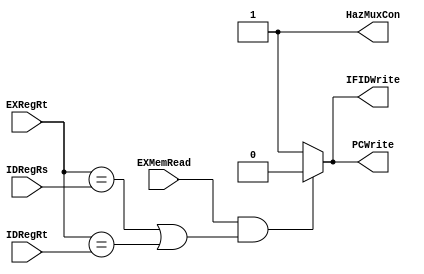
`timescale 1ns / 1ps
//////////////////////////////////////////////////////////////////////////////////
// Company: 
// Engineer: 
// 
// Design Name: 
// Module Name:    Hazard_Unit 
// Project Name: 
// Target Devices: 
// Tool versions: 
// Description: 
//
// Dependencies: 
//
// Revision: 
// Revision 0.01 - File Created
// Additional Comments: 
//
//////////////////////////////////////////////////////////////////////////////////
module Hazard_Unit(IDRegRs,IDRegRt,EXRegRt,EXMemRead,PCWrite,IFIDWrite,HazMuxCon); 
    input [4:0] IDRegRs,IDRegRt,EXRegRt; 
    input EXMemRead; 
    output PCWrite, IFIDWrite, HazMuxCon; 
     
    reg PCWrite, IFIDWrite, HazMuxCon; 
     
    always@(IDRegRs,IDRegRt,EXRegRt,EXMemRead) 
    if(EXMemRead&((EXRegRt == IDRegRs)|(EXRegRt == IDRegRt))) //RAW hazard detection
       begin//stall 
           PCWrite = 0; 
           IFIDWrite = 0; 
           HazMuxCon = 1; 
       end 
    else 
       begin//no stall 
           PCWrite = 1; 
           IFIDWrite = 1; 
           HazMuxCon = 1; 
     
       end 
 
endmodule